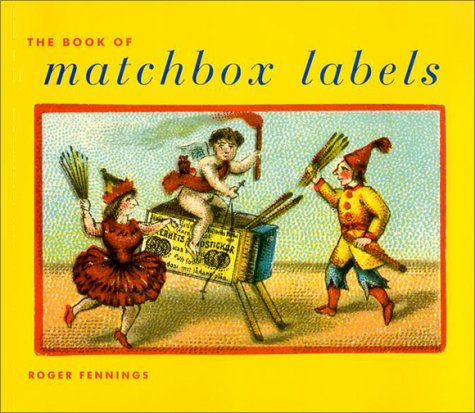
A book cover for Book of Matchbox Labels; Roger Fennings; Crafts, Hobbies & Home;